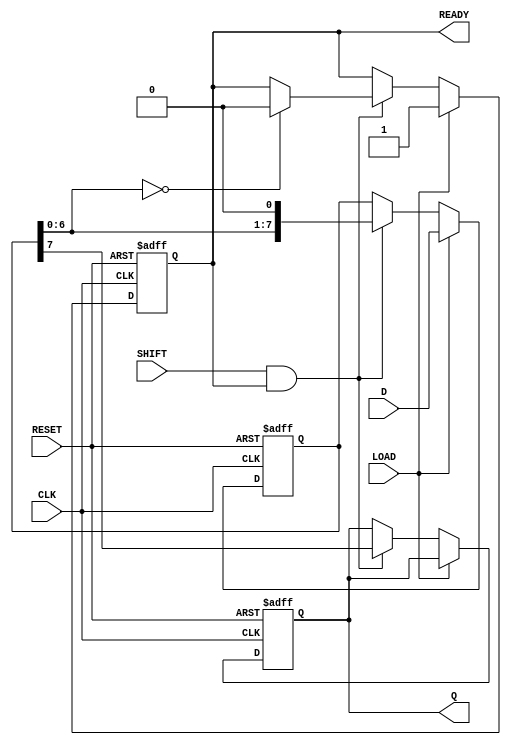
module PISO_Register #(
    parameter n = 8  // Parameter for the size of the register
)(
    input wire [n-1:0] D,      // Parallel data input
    input wire LOAD,            // Load control signal
    input wire SHIFT,           // Shift control signal
    input wire CLK,             // Clock signal
    input wire RESET,           // Asynchronous reset signal
    output reg Q,               // Serial output
    output reg READY            // Data ready signal
);

    reg [n-1:0] shift_reg;      // Internal shift register

    always @(posedge CLK or posedge RESET) begin
        if (RESET) begin
            shift_reg <= 0;      // Clear the shift register on reset
            Q <= 0;              // Clear the output
            READY <= 0;          // Clear the ready signal
        end else begin
            if (LOAD) begin
                shift_reg <= D;   // Load data into the shift register
                READY <= 1;       // Indicate that data is ready to be shifted out
            end else if (SHIFT && READY) begin
                Q <= shift_reg[n-1]; // Output the MSB
                shift_reg <= {shift_reg[n-2:0], 1'b0}; // Shift right
                if (shift_reg[n-2:0] == 0) begin
                    READY <= 0;   // Clear ready signal when all bits are shifted out
                end
            end
        end
    end

endmodule